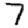
Digit: 7